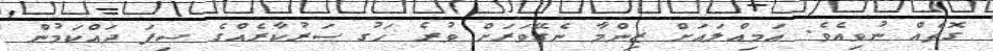
ގޮތެއް ނުވިއެވެ. އަމިއްލައަށް ޒިންްމާ ނެގޭވަރަށް ވުރެ ހަގު ސަރުކާރެއްގެ ސިފަ ދައްކަމުންް